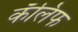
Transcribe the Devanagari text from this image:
कॅलिफ